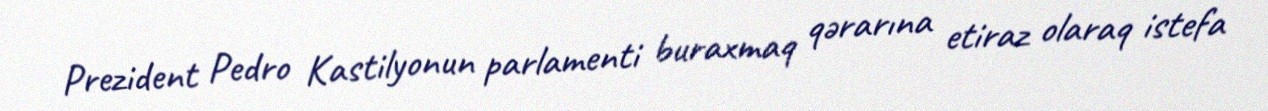
Prezident Pedro Kastilyonun parlamenti buraxmaq qərarına etiraz olaraq istefa